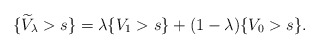
\begin{align*}\{ \widetilde V_\lambda>s\}=\lambda\{V_1>s\}+(1-\lambda)\{V_0>s\}.\end{align*}